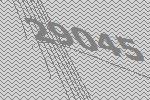
29045